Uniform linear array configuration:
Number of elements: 4
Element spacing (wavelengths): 1
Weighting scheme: uniform
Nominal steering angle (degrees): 30
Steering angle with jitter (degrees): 31.795
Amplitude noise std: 0.05
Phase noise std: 0.05

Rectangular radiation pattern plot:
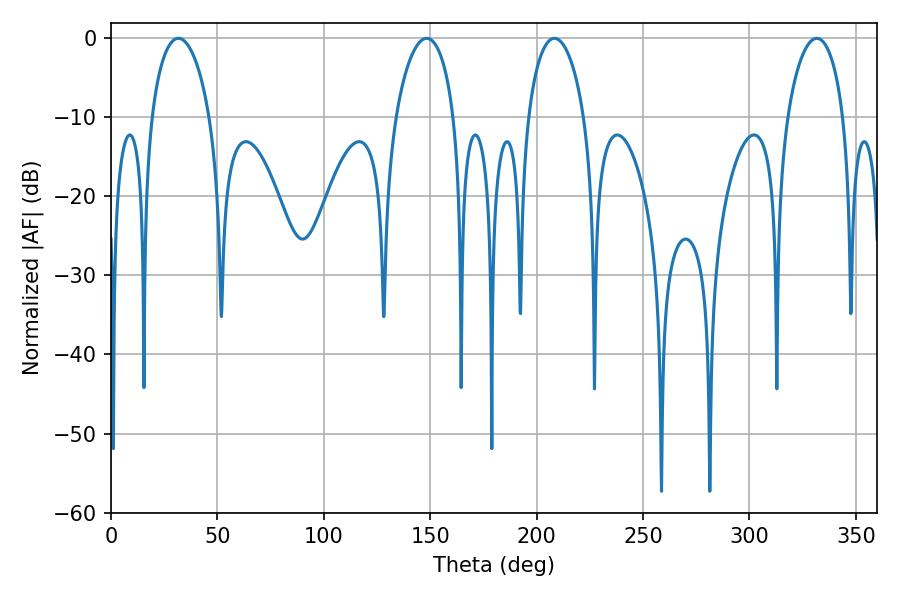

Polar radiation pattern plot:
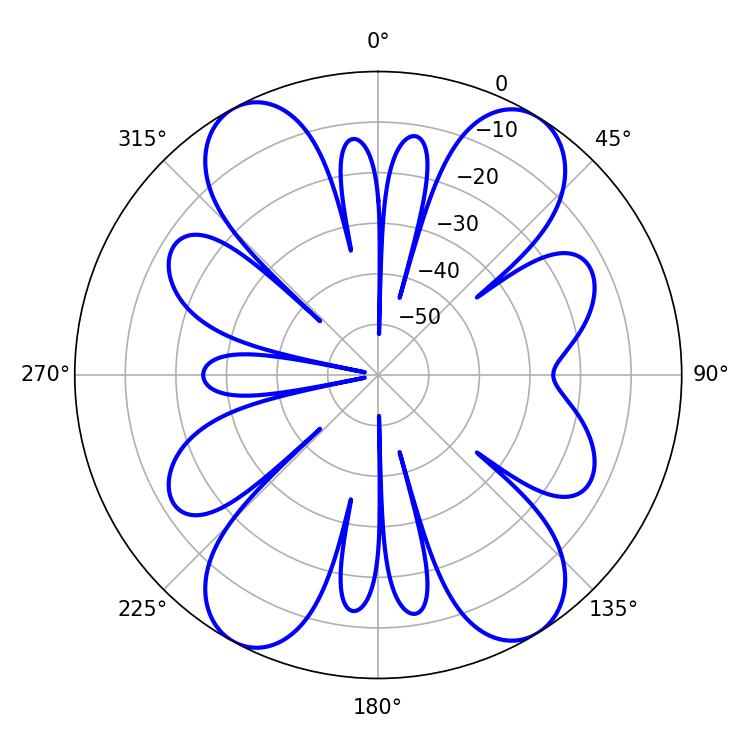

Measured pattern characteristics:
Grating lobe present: TRUE
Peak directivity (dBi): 16.903
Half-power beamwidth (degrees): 15.66
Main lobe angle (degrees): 31.68